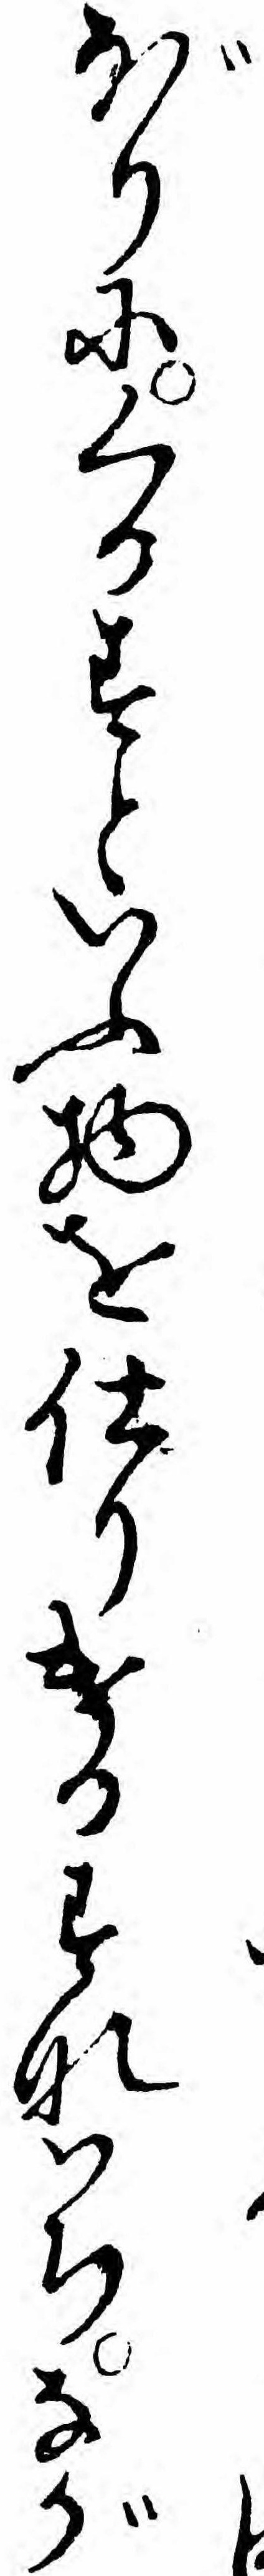
ぼりにくるすといふ物を仕りけるすなハちなが